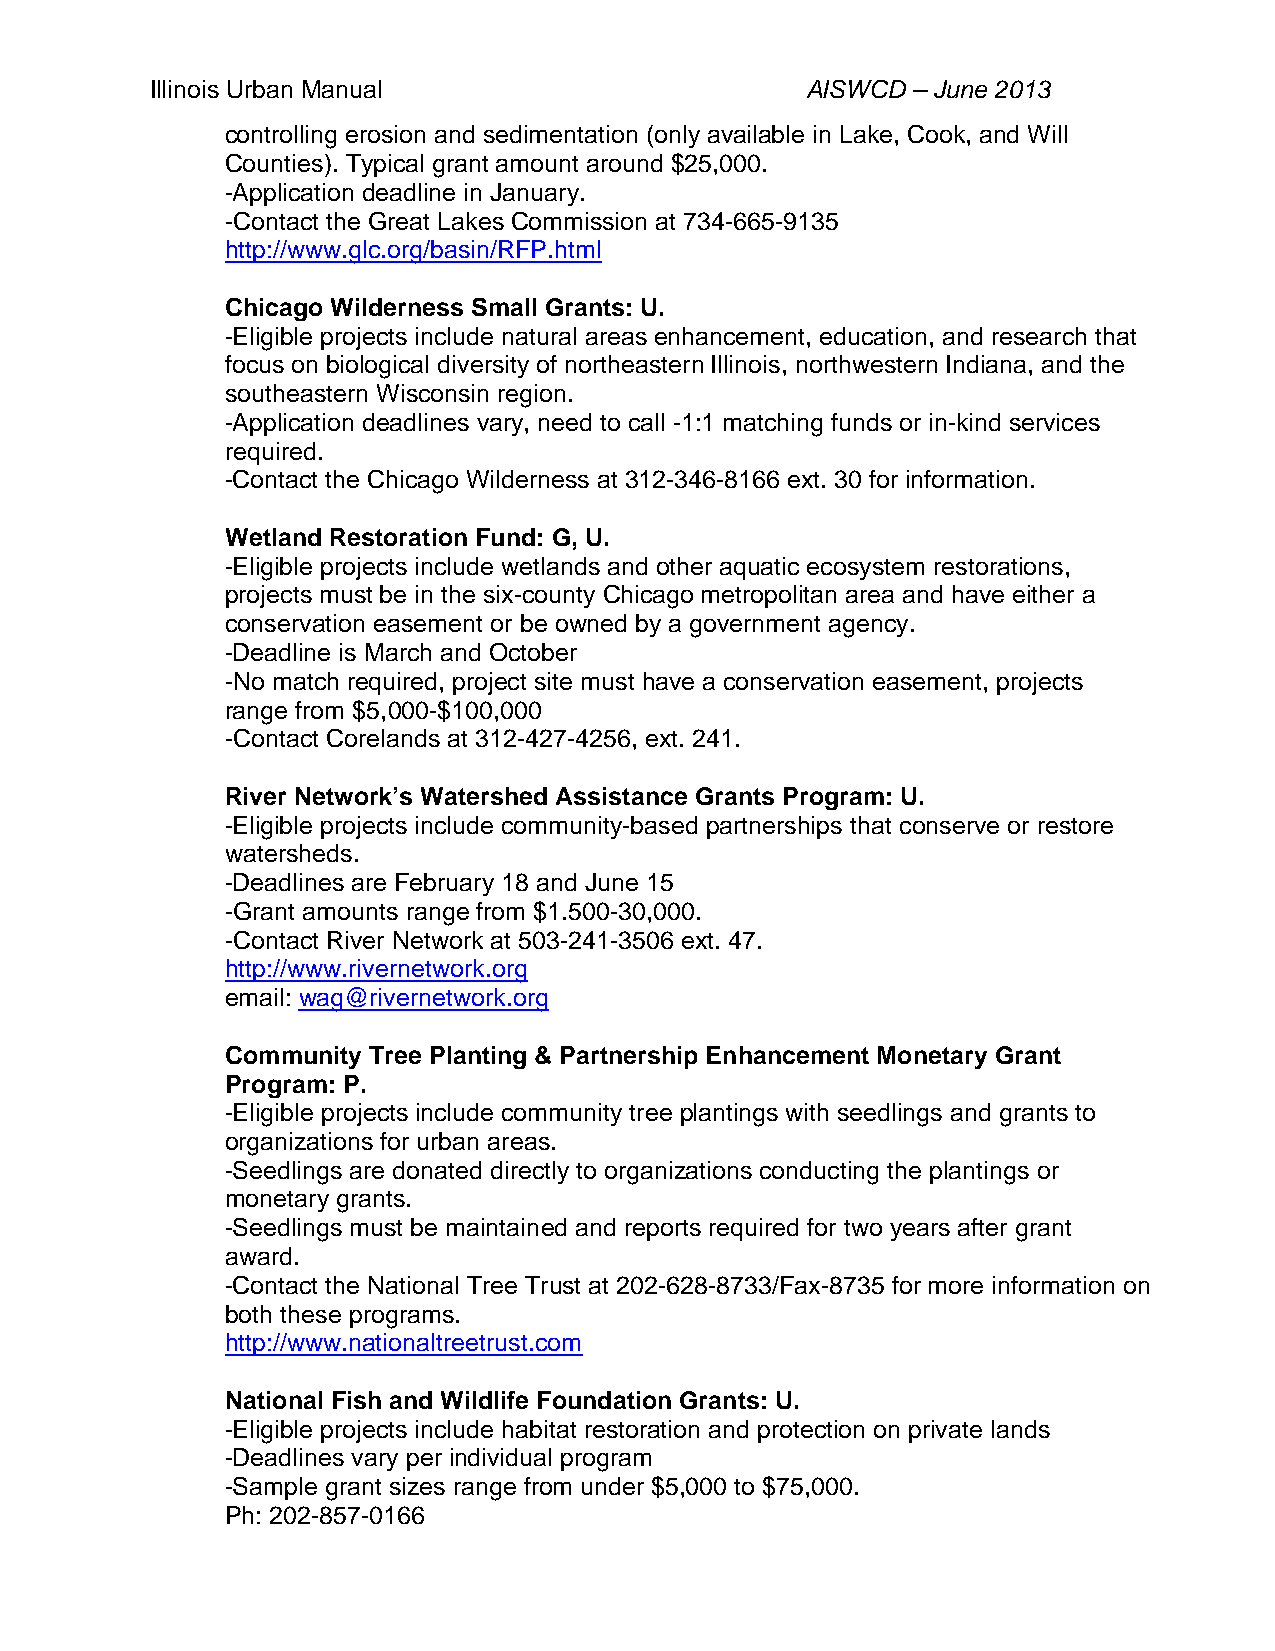
Illinois Urban Manual                      AISWCD – June 2013
 controlling erosion and sedimentation (only available in Lake, Cook, and Will
 Counties). Typical grant amount around $25,000.
 -Application deadline in January.
 -Contact the Great Lakes Commission at 734-665-9135
 http://www.glc.org/basin/RFP.html
 Chicago Wilderness Small Grants: U.
 -Eligible projects include natural areas enhancement, education, and research that
 focus on biological diversity of northeastern Illinois, northwestern Indiana, and the
 southeastern Wisconsin region.
 -Application deadlines vary, need to call -1:1 matching funds or in-kind services
 required.
 -Contact the Chicago Wilderness at 312-346-8166 ext. 30 for information.
 Wetland Restoration Fund: G, U.
 -Eligible projects include wetlands and other aquatic ecosystem restorations,
 projects must be in the six-county Chicago metropolitan area and have either a
 conservation easement or be owned by a government agency.
 -Deadline is March and October
 -No match required, project site must have a conservation easement, projects
 range from $5,000-$100,000
 -Contact Corelands at 312-427-4256, ext. 241.
 River Network’s Watershed Assistance Grants Program: U.
 -Eligible projects include community-based partnerships that conserve or restore
 watersheds.
 -Deadlines are February 18 and June 15
 -Grant amounts range from $1.500-30,000.
 -Contact River Network at 503-241-3506 ext. 47.
 http://www.rivernetwork.org
 email: wag@rivernetwork.org
 Community Tree Planting & Partnership Enhancement Monetary Grant
 Program: P.
 -Eligible projects include community tree plantings with seedlings and grants to
 organizations for urban areas.
 -Seedlings are donated directly to organizations conducting the plantings or
 monetary grants.
 -Seedlings must be maintained and reports required for two years after grant
 award.
 -Contact the National Tree Trust at 202-628-8733/Fax-8735 for more information on
 both these programs.
 http://www.nationaltreetrust.com
 National Fish and Wildlife Foundation Grants: U.
 -Eligible projects include habitat restoration and protection on private lands
 -Deadlines vary per individual program
 -Sample grant sizes range from under $5,000 to $75,000.
 Ph: 202-857-0166